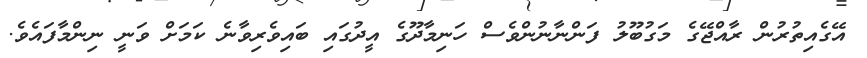
އޭގެއިތުރުން ރާއްޖޭގެ މަގުބޫލު ފަންނާނުންވެސް ހަނިމާދޫގެ އީދުގައި ބައިވެރިވާނެ ކަމަށް ވަނީ ނިންމާފައެވެ.